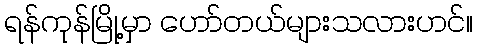
ရန်ကုန်မြို့မှာ ဟော်တယ်များသလားဟင်။